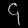
Digit: ၄